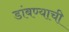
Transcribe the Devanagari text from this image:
डांबण्याची